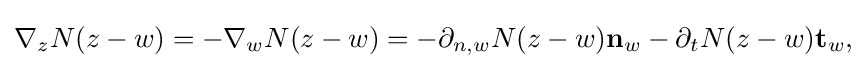
\displaystyle {\nabla _{z}N(z-w)=-\nabla _{w}N(z-w)=-\partial _{n,w}N(z-w)\mathbf {n} _{w}-\partial _{t}N(z-w)\mathbf {t} _{w},}